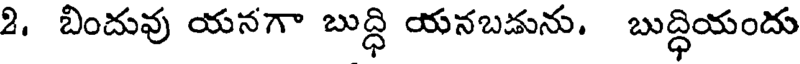
2. బిందువు యనగా బుద్ధి యనబడును. బుద్ధియందు